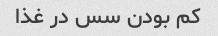
کم بودن سس در غذا